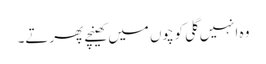
وہ انہیں گلی کوچوں میں کھینچے پھرتے۔